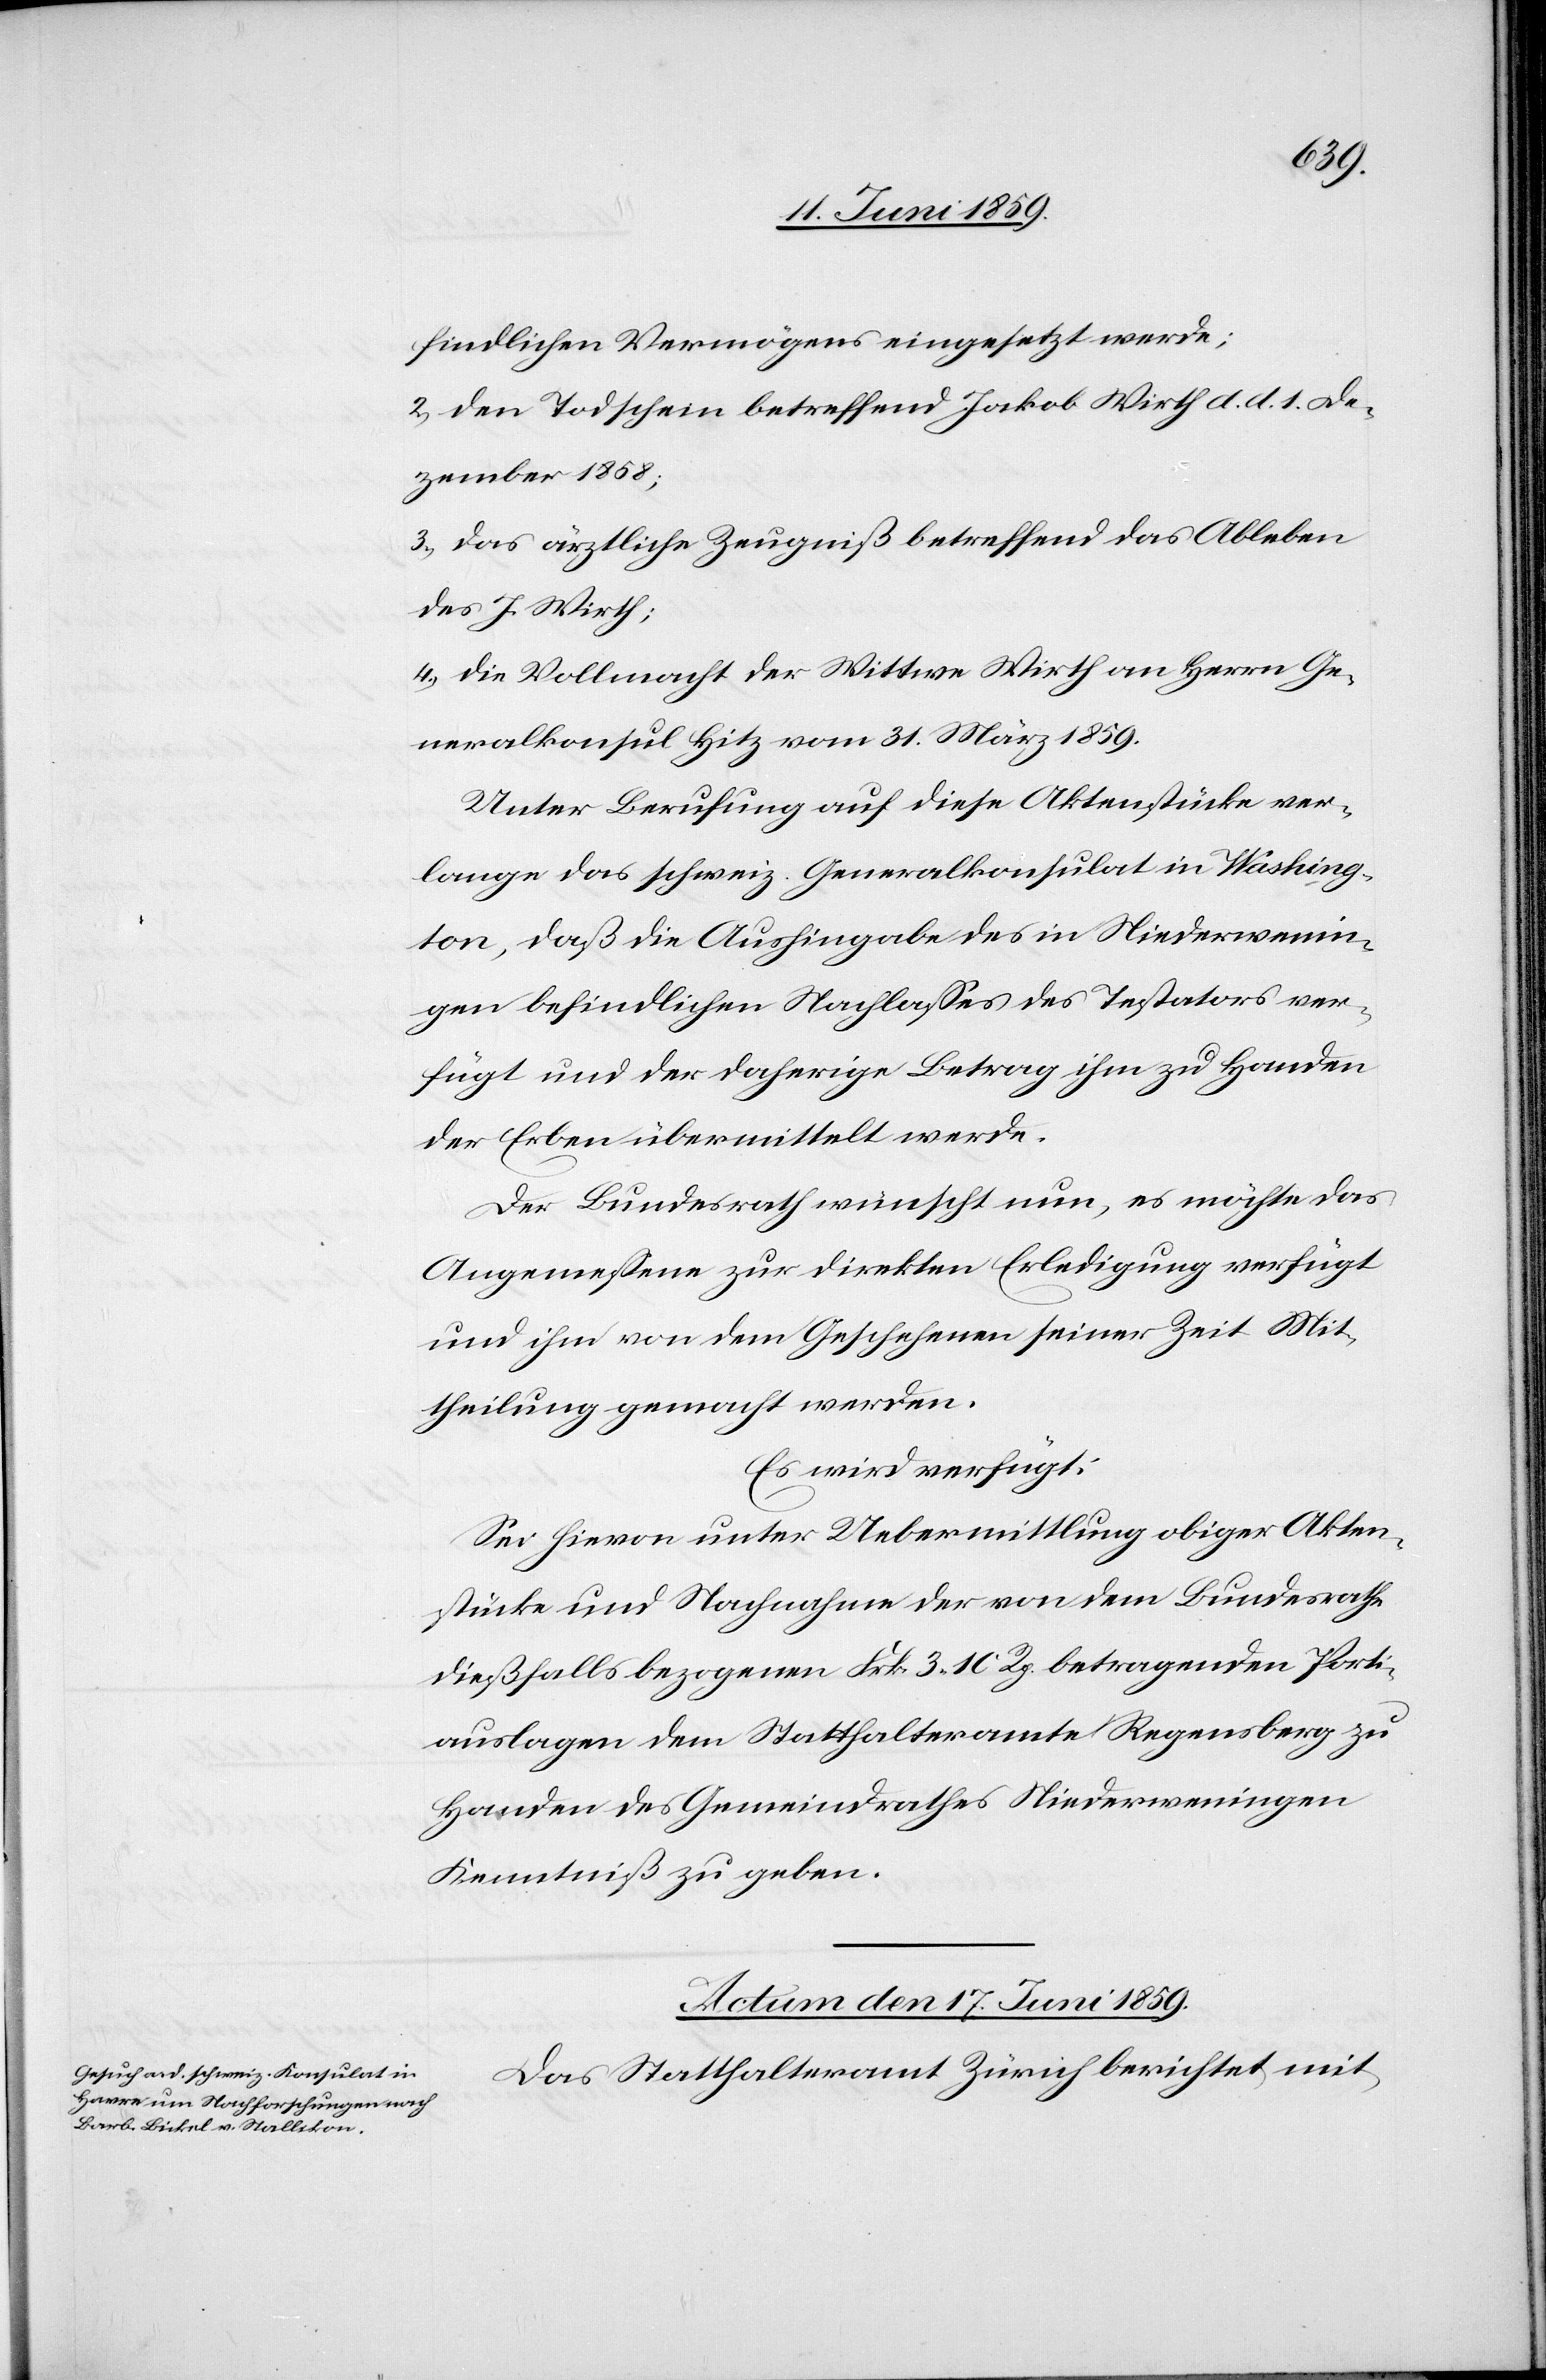
findlichen Vermögens eingesetzt werde;
2) Den Todschein betreffend Jakob Wirth d. d. 1. De¬
zember 1858;
3) Das ärztliche Zeugniß betreffend des Ableben
des J. Wirth;
4) Die Vollmacht der Wittwe Wirth an Herrn Ge¬
neralkonsul Hitz vom 31. März 1859.
Unter Berufung auf diese Aktenstücke ver¬
lange das schweiz. Generalkonsulat in Washing¬
ton, daß die Aushingabe des in Niederweni¬
gen befindlichen Nachlasses des Testators ver¬
fügt und der daherige Betrag ihm zu Handen
der Erben übermittelt werde.
Der Bundesrath wünscht nun, es möchte das
Angemessene zur direkten Erledigung verfügt
und ihm von dem Geschehenen seiner Zeit Mit¬
theilung gemacht werden.
Es wird verfügt:
Sei hievon unter Uebermittlung obiger Akten¬
stücke und Nachnahme der von dem Bundesrath
dießfalls bezogenen Frk. 3.10 Rp. betragenden Porti¬
auslagen dem Statthalteramte Regensberg zu
Handen des Gemeindrathes Niederwenigen
Kenntniß zu geben.
Actum den 17. Juni 1859.
Das Statthalteramt Zürich berichtet mit